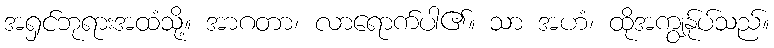
အရှင်ဘုရားအထံသို့။ အာဂတာ၊ လာရောက်ပါ၏။ သာ အဟံ၊ ထိုအကျွန်ုပ်သည်။